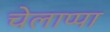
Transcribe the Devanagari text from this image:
चेलाप्पा